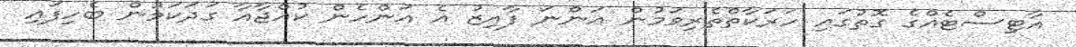
އާޓިސްޓެއްގެ ގޮތުގައި ހަރަކާތްތެރިވަމުން އަންނަ ފާއިޒު އެ އަންހެން ކުއްޖާއާ ގަދަކަމުން ބެހިފައި